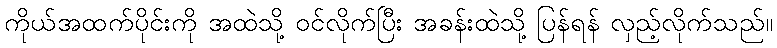
ကိုယ်အထက်ပိုင်းကို အထဲသို့ ဝင်လိုက်ပြီး အခန်းထဲသို့ ပြန်ရန် လှည့်လိုက်သည်။